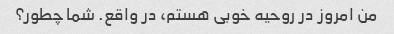
من امروز در روحیه خوبی هستم، در واقع. شما چطور؟